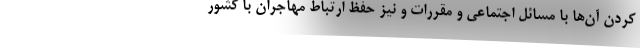
کردن آن‌ها با مسائل اجتماعی و مقررات و نیز حفظ ارتباط مهاجران با کشور